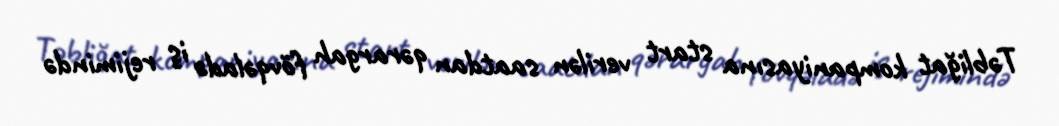
Təbliğat kompaniyasına start verilən saatdan qərargah fövqəladə iş rejimində